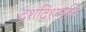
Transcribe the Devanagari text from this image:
दशदिशमभि